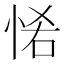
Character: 𢙵